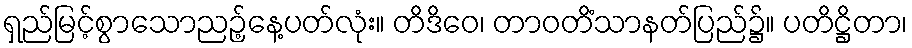
ရှည်မြင့်စွာသောညဉ့်နေ့ပတ်လုံး။ တိဒိဝေ၊ တာဝတိံသာနတ်ပြည်၌။ ပတိဋ္ဌိတာ၊